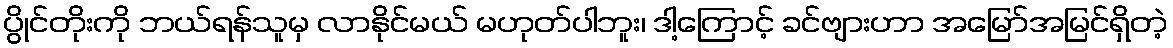
ပွိုင်တိုးကို ဘယ်ရန်သူမှ လာနိုင်မယ် မဟုတ်ပါဘူး၊ ဒါ့ကြောင့် ခင်ဗျားဟာ အမြော်အမြင်ရှိတဲ့